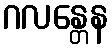
ဂလန္တေန